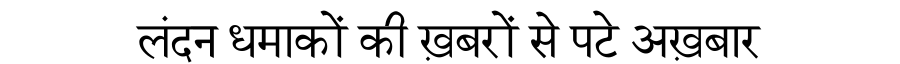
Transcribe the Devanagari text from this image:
लंदन धमाकों की ख़बरों से पटे अख़बार